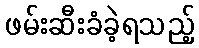
ဖမ်းဆီးခံခဲ့ရသည့်